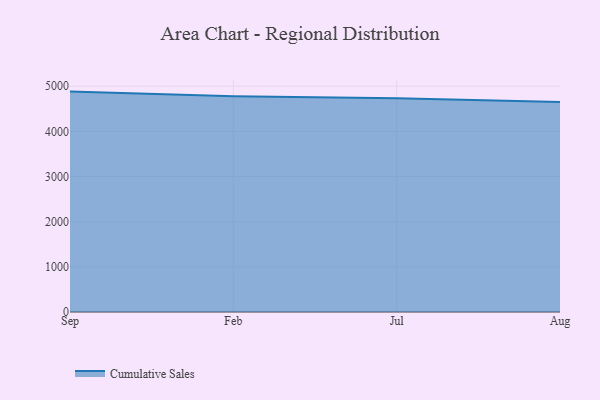
{"axis": {"x": "Month", "y": "Headcount"}, "legend": ["Cumulative Sales"], "data": [{"x": "Sep", "y": 4880.7, "type": "Cumulative Sales"}, {"x": "Feb", "y": 4778.8, "type": "Cumulative Sales"}, {"x": "Jul", "y": 4732.1, "type": "Cumulative Sales"}, {"x": "Aug", "y": 4652.3, "type": "Cumulative Sales"}]}